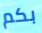
بكم